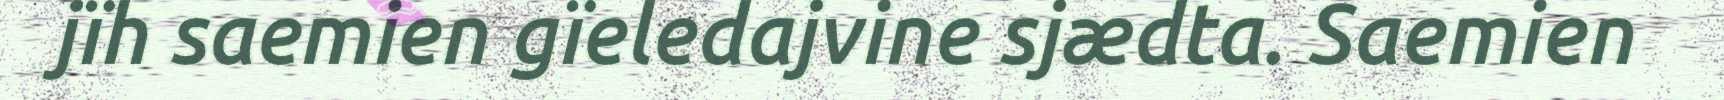
jïh saemien gïeledajvine sjædta. Saemien